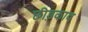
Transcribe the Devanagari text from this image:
छीड़काव